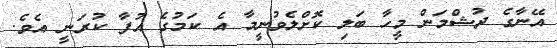
އޭނާގެ ދުޝްމަން މީހާ ބަލި ކޮށްލެވުނީމާ އެ ކަމުގެ އުފާ ކުރަނީ އެވެ.